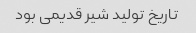
تاریخ تولید شیر قدیمی بود